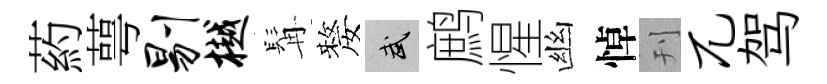
葯萼剔樾髯嫠武鹧惺幽悼刊兀驾